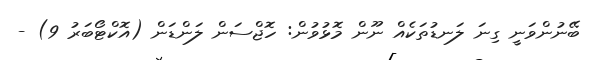
ބޭނުންވަނީ ގިނަ ލަނޑުތަކެއް ނޫން މޮޅުވުން: ހޮޖްސަން ލަންޑަން (އޮކްޓޯބަރު 9) -